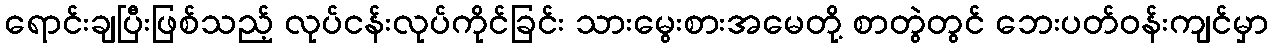
ရောင်းချပြီးဖြစ်သည့် လုပ်ငန်းလုပ်ကိုင်ခြင်း သားမွေးစားအမေတို့ စာတွဲတွင် ဘေးပတ်ဝန်းကျင်မှာ